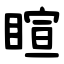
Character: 睻